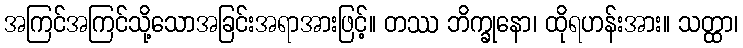
အကြင်အကြင်သို့သောအခြင်းအရာအားဖြင့်။ တဿ ဘိက္ခုနော၊ ထိုရဟန်းအား။ သတ္ထာ၊